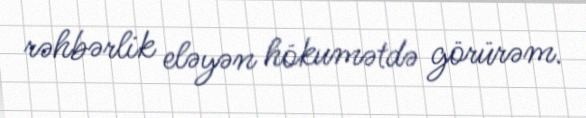
rəhbərlik eləyən hökumətdə görürəm.